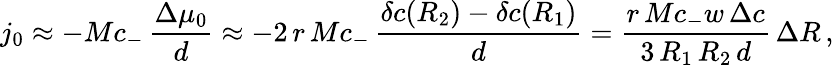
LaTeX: j_{0}\approx-Mc_{-}\, \frac{\Delta\mu_{0}}{d}\approx-2\, r\, Mc_{-}\, \frac{\delta c(R_{2})-\delta c(R_{1})}{d}=\frac{r\, Mc_{-}w\, \Delta c}{3\, R_{1}\, R_{2}\, d}\, \Delta R\, ,